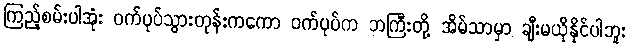
ကြည့်စမ်းပါအုံး ဝက်ပုပ်သွားတုန်းကကော ဝက်ပုပ်က ဘကြီးတို့ အိမ်သာမှာ ချီးမယိုနိုင်ပါဘူး